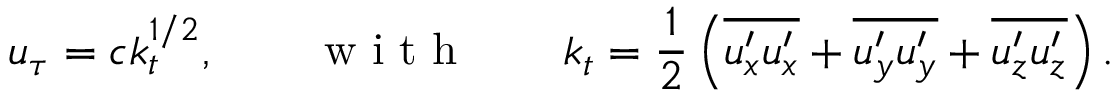
u _ { \tau } = c k _ { t } ^ { 1 / 2 } , \qquad \mathrm { ~ w ~ i ~ t ~ h ~ } \qquad k _ { t } = \frac { 1 } { 2 } \left( \overline { { u _ { x } ^ { \prime } u _ { x } ^ { \prime } } } + \overline { { u _ { y } ^ { \prime } u _ { y } ^ { \prime } } } + \overline { { u _ { z } ^ { \prime } u _ { z } ^ { \prime } } } \right) .